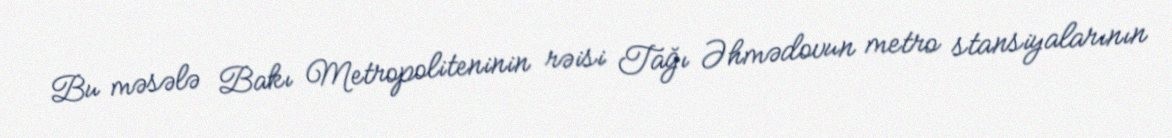
Bu məsələ Bakı Metropoliteninin rəisi Tağı Əhmədovun metro stansiyalarının